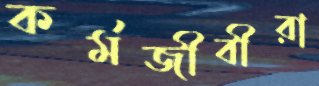
কর্মজীবীরা